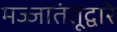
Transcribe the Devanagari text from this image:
मज्जातंतूद्वारे